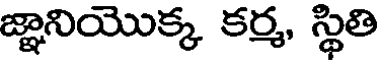
జ్ఞానియొక్క కర్మ, స్థితి